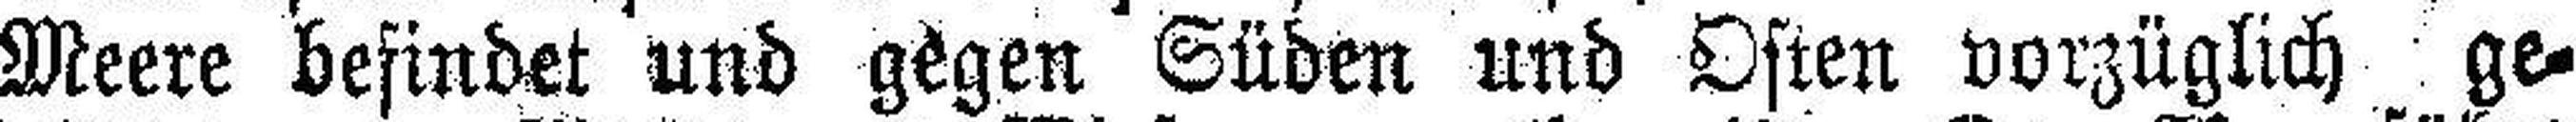
Meere befindet und gegen Süden und Osten vorzüglich ge¬